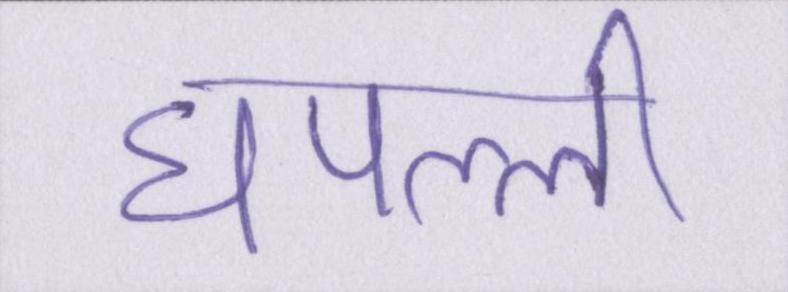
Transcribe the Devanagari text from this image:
घपल्ली